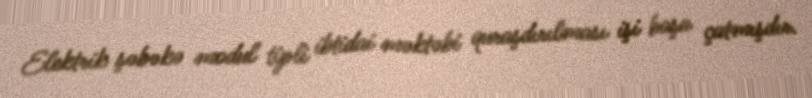
Elektrik şəbəkə modul tipli ibtidai məktəbi quraşdırılması işi başa çatmışdır.